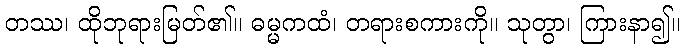
တဿ၊ ထိုဘုရားမြတ်၏။ ဓမ္မကထံ၊ တရားစကားကို။ သုတွာ၊ ကြားနာ၍။